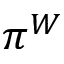
\pi ^ { W }